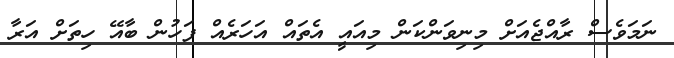
ނަމަވެސް ރާއްޖެއަށް މިނިވަންކަން މިއައީ އެތައް އަހަރެއް ފަހުން ބާއޭ ހިތަށް އަރާ